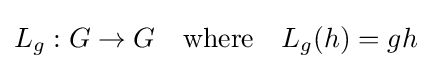
L_{g}:G\to G\quad {\mbox{where}}\quad L_{g}(h)=gh